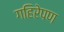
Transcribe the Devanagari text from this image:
गहिरेपण